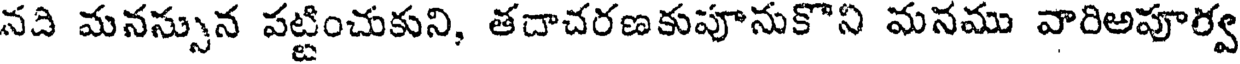
నది మనస్సున పట్టించుకుని, తదాచరణకుపూనుకొని మనము వారిఅపూర్వ